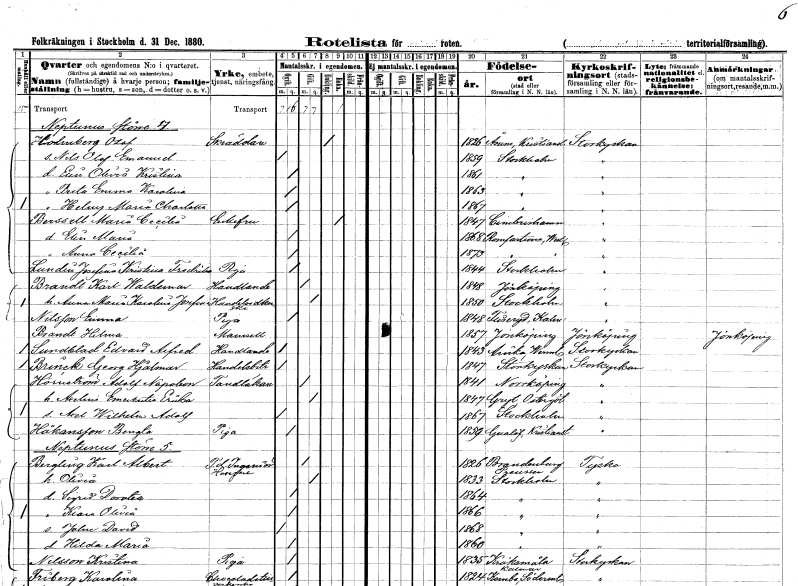
gt_parse: households: individuals: FN: Olof
EN: Holmberg
YRKE: Skräddare
KON: M
CIV: E
FODAR: 1826
FODFORS: Åsum Kristianstads län
FN: Nils Olof Emanuel
KON: M
CIV: O
FODAR: 1859
FODFORS: Stockholm
FN: Elin Olivia Kristina
KON: K
CIV: O
FODAR: 1861
FODFORS: Stockholm
FN: Brita Emma Karolina
KON: K
CIV: O
FODAR: 1863
FODFORS: Stockholm
FN: Helmy Maria Charlotta
KON: K
CIV: O
FODAR: 1867
FODFORS: Stockholm
FN: Maria Cecilia
EN: Bersell
KON: K
CIV: E
FODAR: 1847
FODFORS: Simrishamn Kristianstads län
FN: Elin Maria
KON: K
CIV: O
FODAR: 1868
FODFORS: Romfartuna Västmanlands län
FN: Anna Cecilia
KON: K
CIV: O
FODAR: 1873
FODFORS: Romfartuna Västmanlands län
FN: Josefina Kristina Fredrika
EN: Lundin
YRKE: Piga
KON: K
CIV: O
FODAR: 1844
FODFORS: Stockholm
FN: Karl Waldemar
EN: Brandt
YRKE: Handlande
KON: M
CIV: G
FODAR: 1848
FODFORS: Jönköping Jönköpings län
FN: Anna Maria Karolina Josefina
YRKE: Handelsidkerska
KON: K
CIV: G
FODAR: 1850
FODFORS: Stockholm
FN: Emma
EN: Nilsson
YRKE: Piga
KON: K
CIV: O
FODAR: 1848
FODFORS: Fliseryd Kalmar län
FN: Hilma
EN: Brandt
KON: K
CIV: O
FODAR: 1857
FODFORS: Jönköping Jönköpings län
FN: Edvard Alfred
EN: Sundblad
YRKE: Handlande
KON: M
CIV: O
FODAR: 1843
FODFORS: Arvika Värmlands län
FN: Georg Hjalmar
EN: Brink
YRKE: Handelsbiträde
KON: M
CIV: O
FODAR: 1847
FODFORS: Storkyrkoförsamlingen Stockholms stad
FN: Adolf Napoleon
EN: Hörnström
YRKE: Tandläkare
KON: M
CIV: G
FODAR: 1841
FODFORS: Norrköping Östergötlands län
FN: Axelina Emerentia Erika
KON: K
CIV: G
FODAR: 1847
FODFORS: Gryt Östergötlands län
FN: Axel Wilhelm Adolf
KON: M
CIV: O
FODAR: 1867
FODFORS: Stockholm
FN: Bengta
EN: Håkansson
YRKE: Piga
KON: K
CIV: O
FODAR: 1859
FODFORS: Gualöv Kristianstads län
FN: Karl Albert
EN: Bergling
YRKE: Husägare Ingenjör f.d.
KON: M
CIV: G
FODAR: 1826
FN: Olivia
KON: K
CIV: G
FODAR: 1833
FODFORS: Stockholm
FN: Sigrid Dorotea
KON: K
CIV: O
FODAR: 1864
FODFORS: Stockholm
FN: Klara Olivia
KON: K
CIV: O
FODAR: 1866
FODFORS: Stockholm
FN: John David
KON: M
CIV: O
FODAR: 1868
FODFORS: Stockholm
FN: Hilda Maria
KON: K
CIV: O
FODAR: 1860
FODFORS: Stockholm
FN: Kristina
EN: Nilsson
YRKE: Piga
KON: K
CIV: O
FODAR: 1835
FODFORS: Kråksmåla Kalmar län